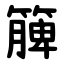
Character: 簲